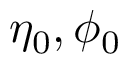
\eta _ { 0 } , \phi _ { 0 }